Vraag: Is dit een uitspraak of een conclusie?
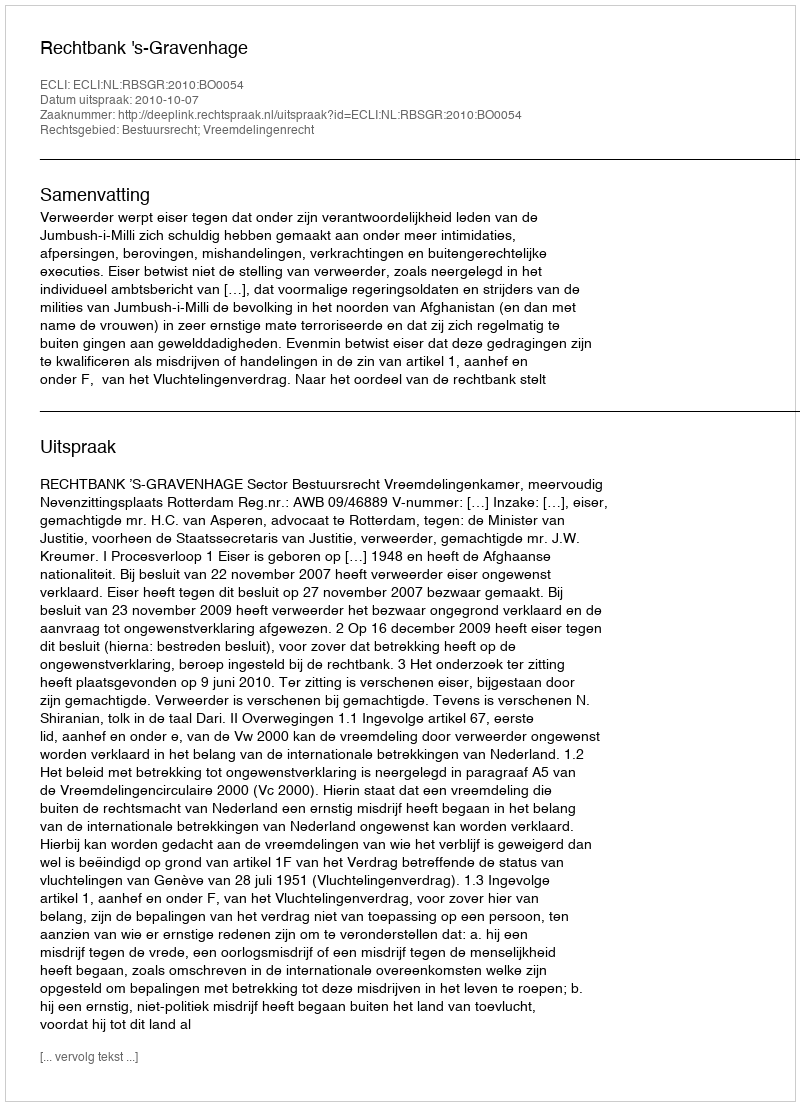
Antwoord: Uitspraak